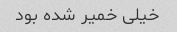
خیلی خمیر شده بود